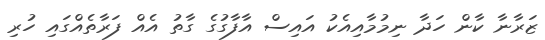
ޒަރާނާ ކާން ހަދާ ނިމުމާއިއެކު އައިސް އާފާގުގެ ގާތު އެއް ފަރާތެއްގައި ހުރި